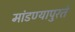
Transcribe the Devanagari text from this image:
मांडण्यापुरते